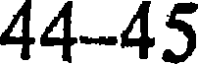
44-45